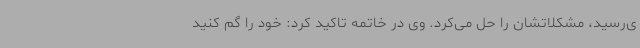
ی‌رسید، مشکلاتشان را حل می‌کرد. وی در خاتمه تاکید کرد: خود را گم کنید